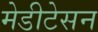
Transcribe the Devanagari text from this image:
मेडीटेसन